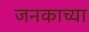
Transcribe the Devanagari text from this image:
जनकाच्या